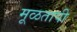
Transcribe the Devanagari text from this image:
मूळतापी